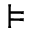
\models